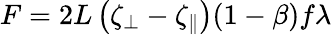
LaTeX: F=2L\left(\zeta_{\perp}-\zeta_{\parallel}\right)(1-\beta)f\lambda